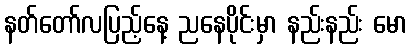
နတ်တော်လပြည့်နေ့ ညနေပိုင်းမှာ နည်းနည်း မော